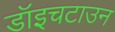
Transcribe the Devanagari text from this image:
डॉइचटाउन